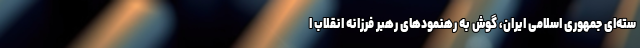
سته‌ای جمهوری اسلامی ایران، گوش به رهنمودهای رهبر فرزانه انقلاب ا